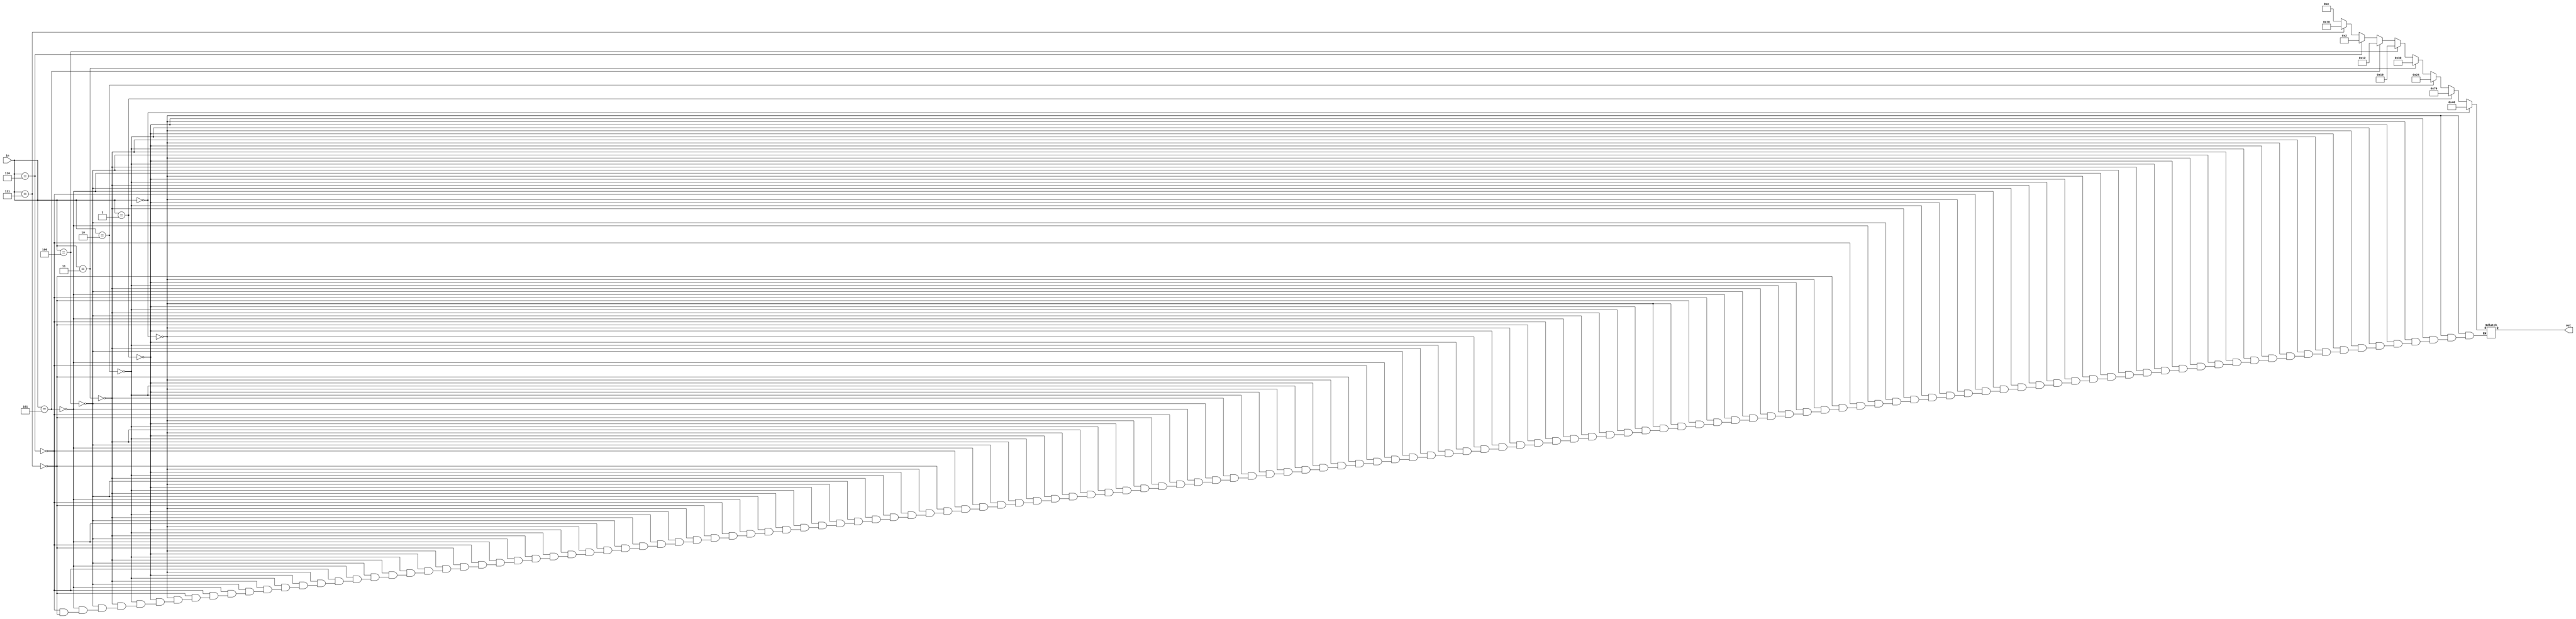
module extradig (
	input wire [2:0] in,
	output reg [6:0] out);
	
	
	always @* begin 
		if (in == 3'h0) begin
			out = 7'b1000000;
		end else if (in == 3'h1) begin
			out = 7'b1111001;
		end else if (in == 3'h2) begin
			out = 7'b0100100;
		end else if (in == 3'h3) begin
			out = 7'b0110000;
		end else if (in == 3'h4) begin
			out = 7'b0011001;
		end else if (in == 3'h5) begin
			out = 7'b0010010;
		end else if (in == 3'h6) begin
			out = 7'b0000010;
		end else if (in == 3'h7) begin
			out = 7'b1111000;
		end else if (in == 3'h8) begin
			out = 7'b0000000;
		end else if (in == 3'h9) begin
			out = 7'b0011000;
		end else if (in == 3'ha) begin
			out = 7'b0001000;
		end else if (in == 3'hb) begin
			out = 7'b0000011;
		end else if (in == 3'hc) begin
			out = 7'b1000110;
		end else if (in == 3'hd) begin
			out = 7'b0100001;
		end else if (in == 3'he) begin
			out = 7'b0000110;
		end else if (in == 3'hf) begin
			out = 7'b0001110;
		end			
	end
	
endmodule